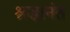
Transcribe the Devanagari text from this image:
श्रद्धानंत